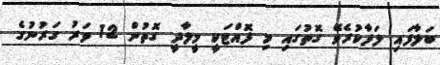
ބަލާފައި ލަފާކުރެވޭ ގޮތުގައި މި ފޮއްޓަކީ މީލާދީ ގޮތުން 12 ވަރު ގަރުނުގެ